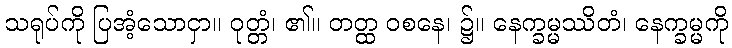
သရုပ်ကို ပြအံ့သောငှာ။ ဝုတ္တံ၊ ၏။ တတ္ထ ဝစနေ၊ ၌။ နေက္ခမ္မဿိတံ၊ နေက္ခမ္မကို